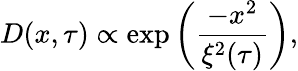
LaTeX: D(x,\tau)\propto\exp\left(\frac{-x^{2}}{\xi^{2}(\tau)}\right),